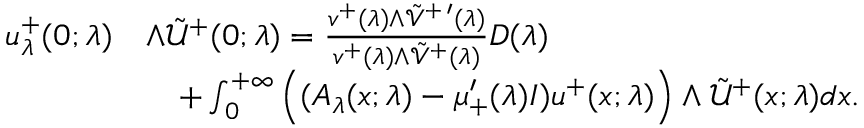
\begin{array} { r l } { u _ { \lambda } ^ { + } ( 0 ; \lambda ) } & { \wedge \tilde { \mathcal { U } } ^ { + } ( 0 ; \lambda ) = \frac { v ^ { + } ( \lambda ) \wedge \tilde { \mathcal { V } } ^ { + \, \prime } ( \lambda ) } { v ^ { + } ( \lambda ) \wedge \tilde { \mathcal { V } } ^ { + } ( \lambda ) } D ( \lambda ) } \\ & { \quad + \int _ { 0 } ^ { + \infty } \Big ( ( A _ { \lambda } ( x ; \lambda ) - \mu _ { + } ^ { \prime } ( \lambda ) I ) u ^ { + } ( x ; \lambda ) \Big ) \wedge \tilde { \mathcal { U } } ^ { + } ( x ; \lambda ) d x . } \end{array}